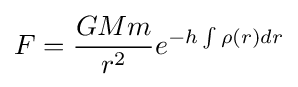
F={\frac {GMm}{r^{2}}}e^{-h\int \rho (r)dr}